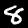
Label: 8